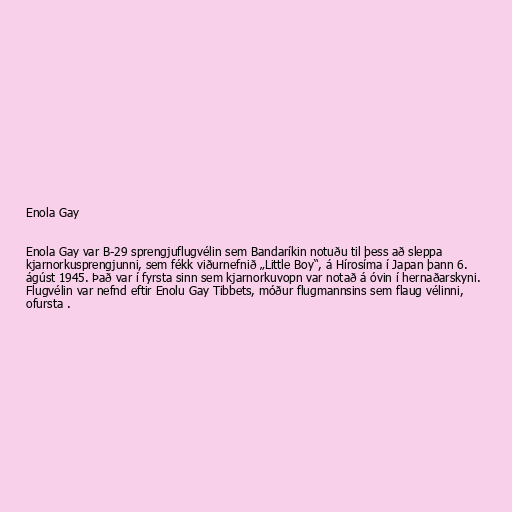
Enola Gay

Enola Gay var B-29 sprengjuflugvélin sem Bandaríkin notuðu til þess að sleppa
kjarnorkusprengjunni, sem fékk viðurnefnið „Little Boy“, á Hírosíma í Japan þann 6.
ágúst 1945. Það var í fyrsta sinn sem kjarnorkuvopn var notað á óvin í hernaðarskyni.
Flugvélin var nefnd eftir Enolu Gay Tibbets, móður flugmannsins sem flaug vélinni,
ofursta .